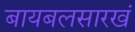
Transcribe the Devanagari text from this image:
बायबलसारखं